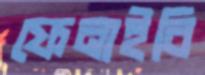
ফেনাইবি